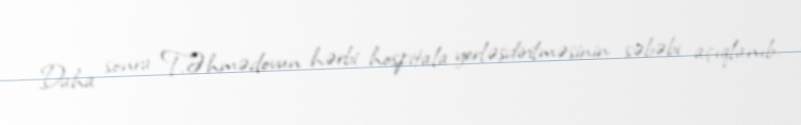
Daha sonra T.Əhmədovun hərbi hospitala yerləşdirilməsinin səbəbi açıqlanıb.